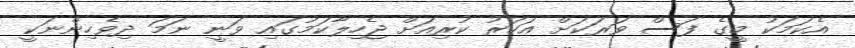
އެކަމަކު މީގެ ފަސް ވަރަކަށް އަހަރު ކުރިއަށް ޖެހިލާކަމުގައި ވަނީ ނަމަ ދިވެހިންނަކީ